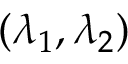
( \lambda _ { 1 } , \lambda _ { 2 } )